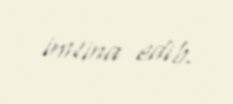
imtina edib.